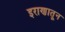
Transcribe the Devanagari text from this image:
इराणातून